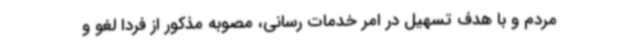
مردم و با هدف تسهیل در امر خدمات رسانی، مصوبه مذکور از فردا لغو و